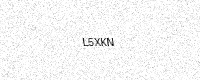
Text: L5XKN